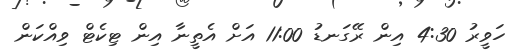
ހަވީރު 4:30 އިން ރޭގަނޑު 11:00 އަށް އެތީނާ އިން ޓިކެޓް ވިއްކަން